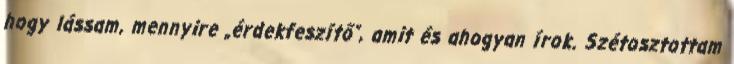
hogy lássam, mennyire „érdekfeszítő”, amit és a­­hogyan írok. Szétosz­tottam